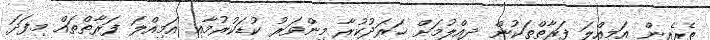
ތެރެއިން އަމިއްލަ ފަރާތްތަކުން ދިއްލުމަށް ޚަރަދުކުރާ މިންވަރު ކުޑަކުރުމާއި އަމިއްލަ ފަރާތްތައް މިފަދަ